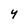
Character: 4